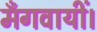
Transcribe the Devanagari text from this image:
मँगवायीं।